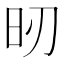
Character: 𣅉